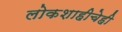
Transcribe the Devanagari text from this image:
लोकशाहीचेही